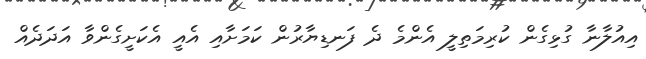
އިއުލާނާ ގުޅިގެން ކުރިމަތިލީ އެންމެ ދެ ފަނޑިޔާރުން ކަމަށާއި އެއީ އެކަށީގެންވާ އަދަދެއް